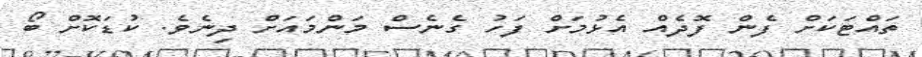
ތައްޓަކަށް ފެން ފޮދެއް އެޅުމަށް ފަހު ގެނެސް މަންމައަށް ދިނެވެ. ކުޑަކޮށް ބޯ